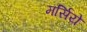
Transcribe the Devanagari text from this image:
मर्सिये